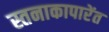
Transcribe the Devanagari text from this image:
स्तनाकापारेंत